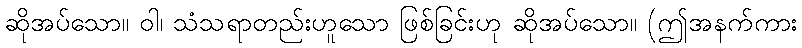
ဆိုအပ်သော။ ဝါ၊ သံသရာတည်းဟူသော ဖြစ်ခြင်းဟု ဆိုအပ်သော။ (ဤအနက်ကား